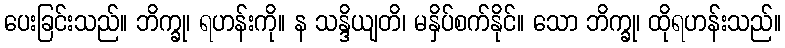
ပေးခြင်းသည်။ ဘိက္ခု၊ ရဟန်းကို။ န သန္ဒိယျတိ၊ မနှိပ်စက်နိုင်။ သော ဘိက္ခု၊ ထိုရဟန်းသည်။